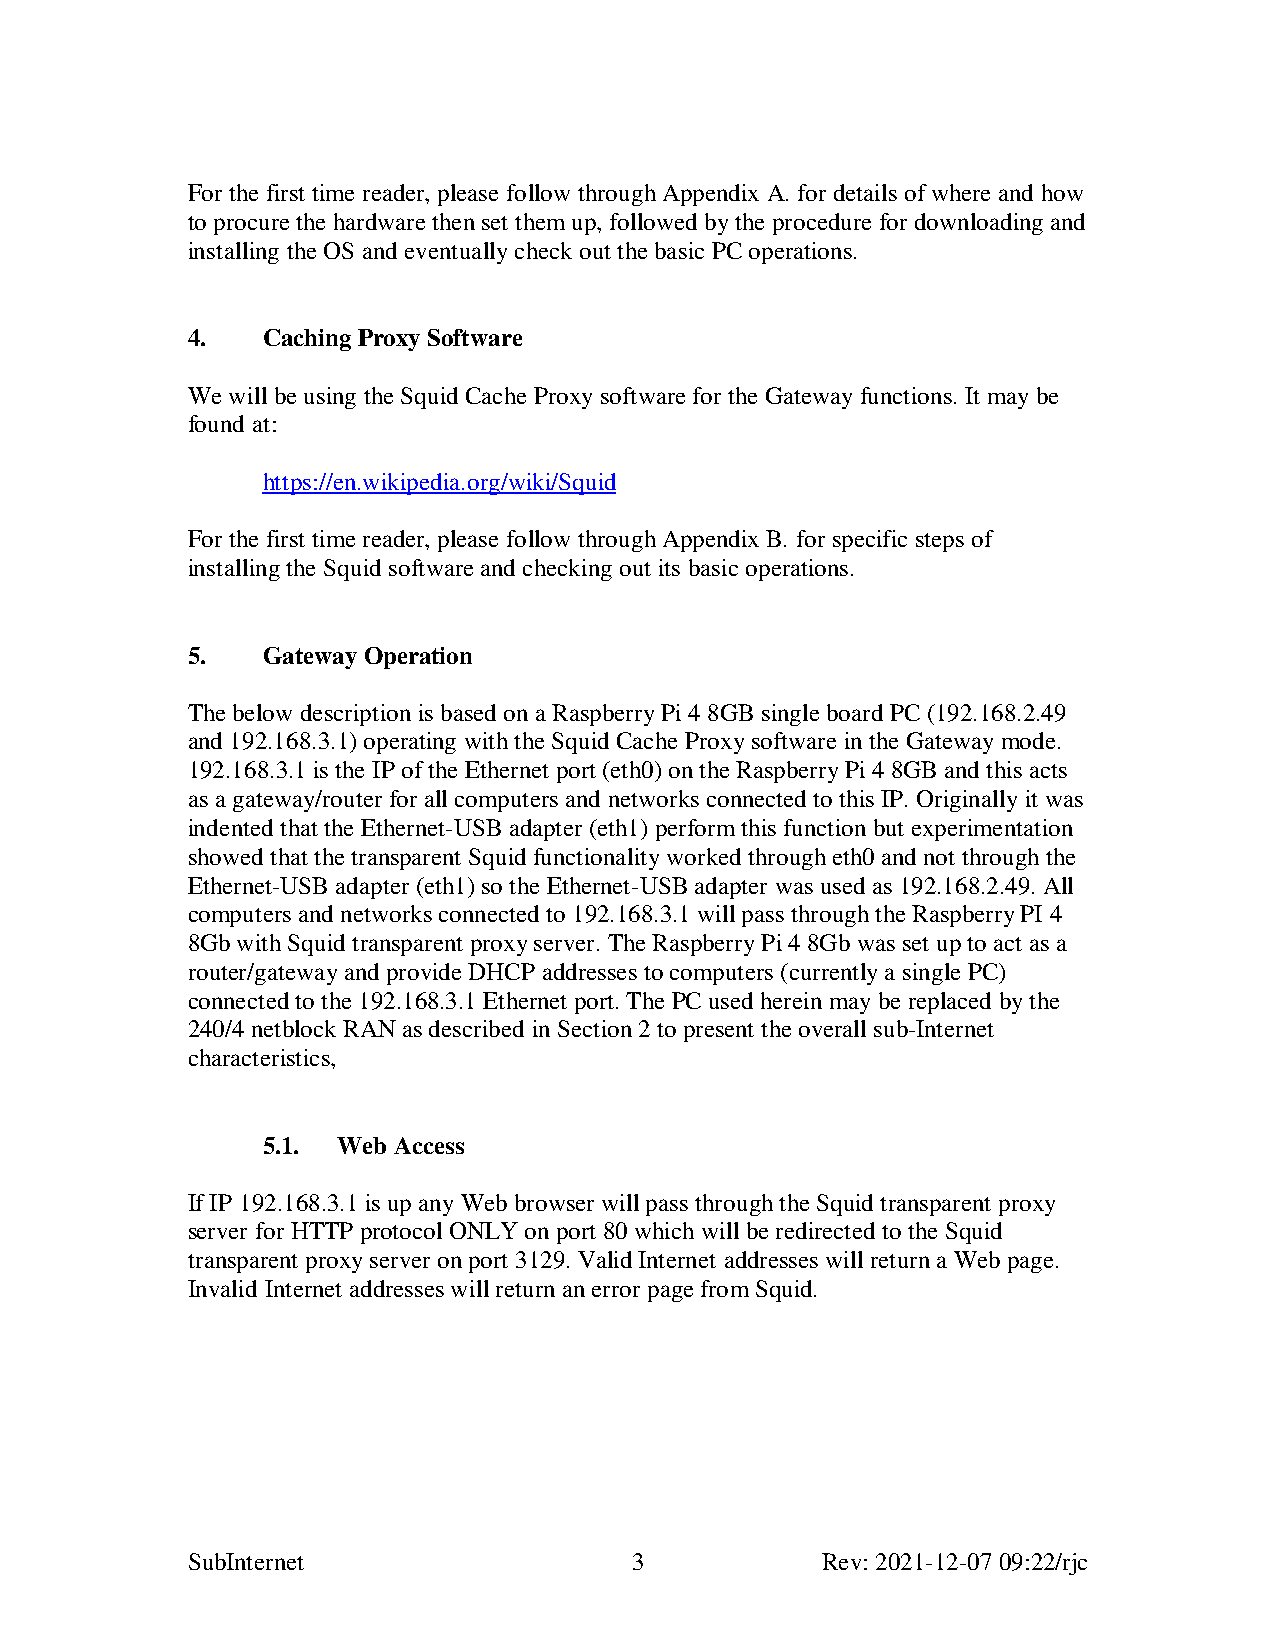
For the first time reader, please follow through Appendix A. for details of where and how
 to procure the hardware then set them up, followed by the procedure for downloading and
 installing the OS and eventually check out the basic PC operations.
 4.   Caching Proxy Software
 We will be using the Squid Cache Proxy software for the Gateway functions. It may be
 found at:
 https://en.wikipedia.org/wiki/Squid
 For the first time reader, please follow through Appendix B. for specific steps of
 installing the Squid software and checking out its basic operations.
 5.   Gateway Operation
 The below description is based on a Raspberry Pi 4 8GB single board PC (192.168.2.49
 and 192.168.3.1) operating with the Squid Cache Proxy software in the Gateway mode.
 192.168.3.1 is the IP of the Ethernet port (eth0) on the Raspberry Pi 4 8GB and this acts
 as a gateway/router for all computers and networks connected to this IP. Originally it was
 indented that the Ethernet-USB adapter (eth1) perform this function but experimentation
 showed that the transparent Squid functionality worked through eth0 and not through the
 Ethernet-USB adapter (eth1) so the Ethernet-USB adapter was used as 192.168.2.49. All
 computers and networks connected to 192.168.3.1 will pass through the Raspberry PI 4
 8Gb with Squid transparent proxy server. The Raspberry Pi 4 8Gb was set up to act as a
 router/gateway and provide DHCP addresses to computers (currently a single PC)
 connected to the 192.168.3.1 Ethernet port. The PC used herein may be replaced by the
 240/4 netblock RAN as described in Section 2 to present the overall sub-Internet
 characteristics,
 5.1. Web Access
 If IP 192.168.3.1 is up any Web browser will pass through the Squid transparent proxy
 server for HTTP protocol ONLY on port 80 which will be redirected to the Squid
 transparent proxy server on port 3129. Valid Internet addresses will return a Web page.
 Invalid Internet addresses will return an error page from Squid.
 SubInternet                   3           Rev: 2021-12-07 09:22/rjc